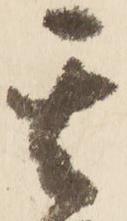
其